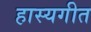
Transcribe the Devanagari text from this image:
हास्यगीत